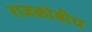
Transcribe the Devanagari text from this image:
राजकोषीय